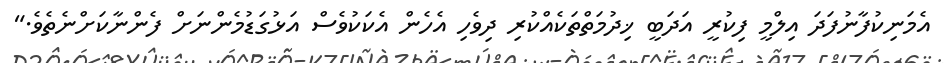
އެމަނިކުފާނުފަދަ އިލްމީ ފިކުރީ އަދަބީ ޚިދުމަތްތަކެއްކުރި ދިވެހި އެހެން އެކަކުވެސް އަޅުގަޑުމެންނަށް ފެންނާކަށްނެތެވެ."